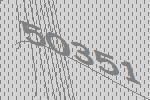
50351